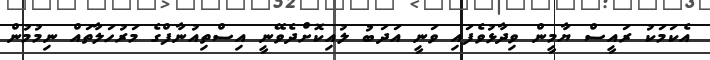
އެކަމަކު ރައީސް ޔާމީން ވިދާޅުވެފައި ވަނީ އަދަބު ލުއިކޮށްދެވޭނީ އިސްތިއުނާފްގެ މަރުހަލާތައް ނިމުމުން